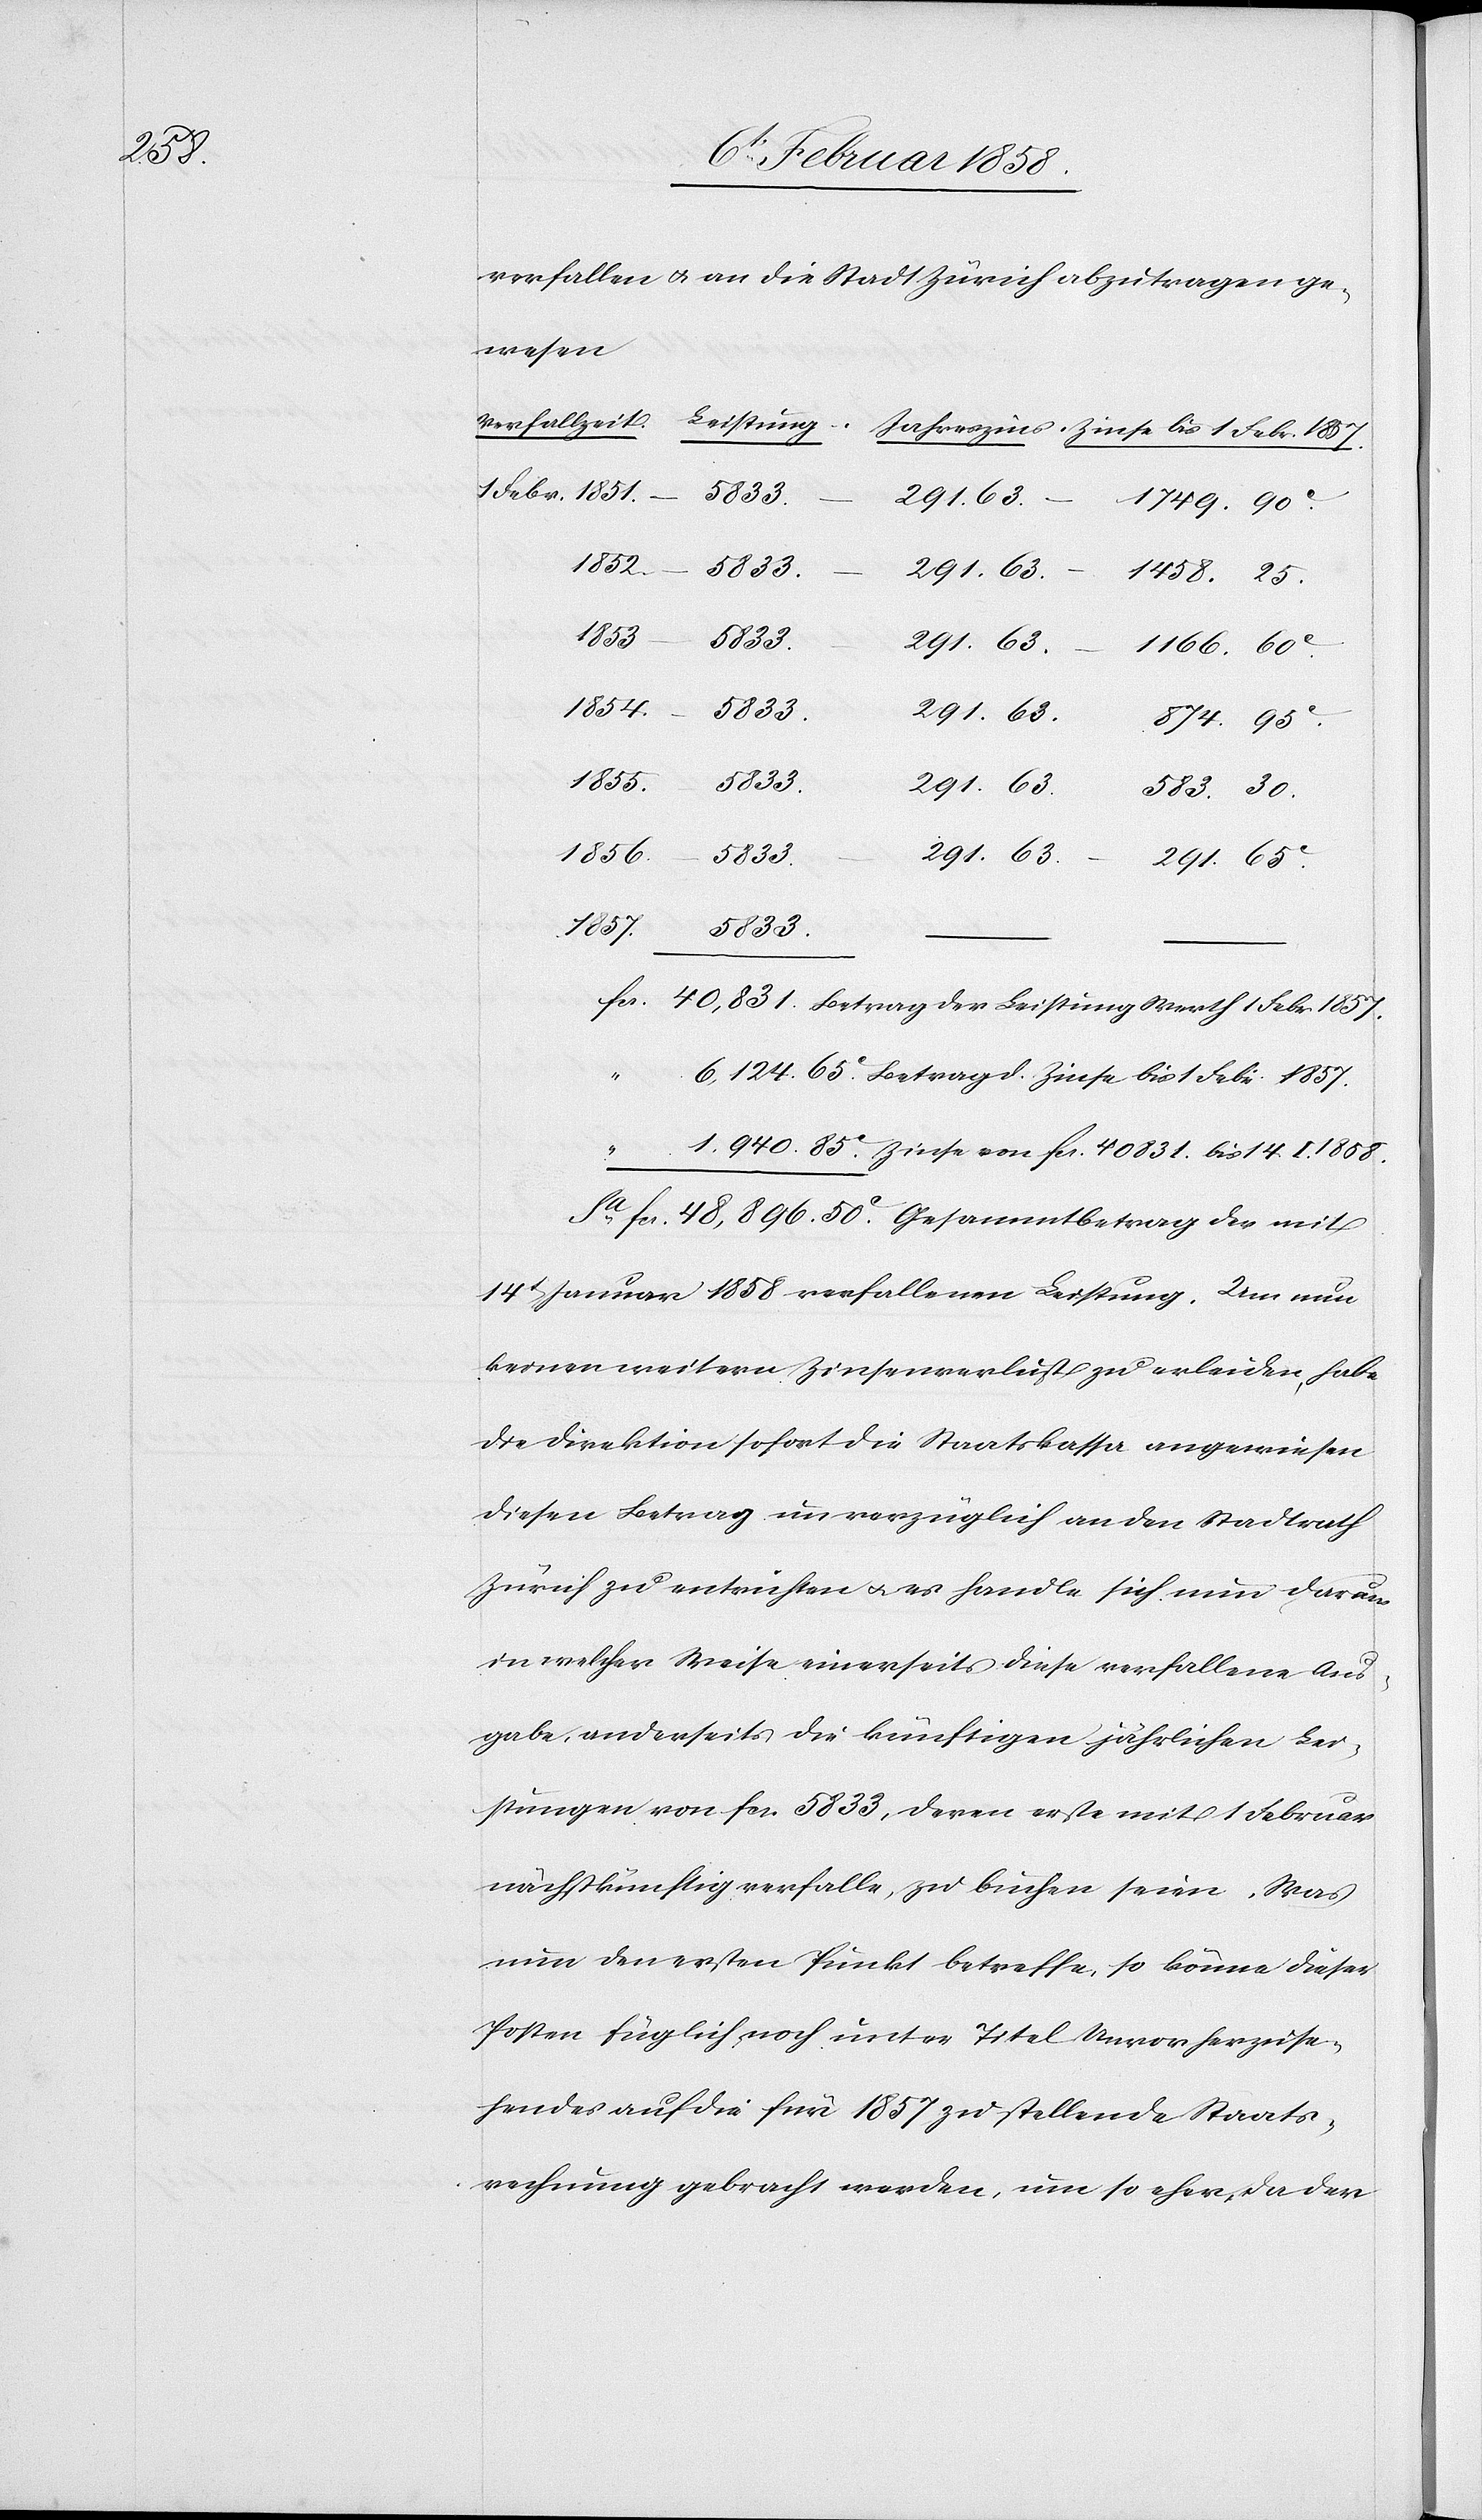
verfallen u. an die Stadt Zürich abzutragen ge¬
wesen.
1 Febr. 1857.
5833.
291. 63.
1166. 60
I.
1858.
5833.
50
mtbetrag
291. 63.
14.
874. 95
583. 30
291. 65
65 c Betrag d. Zinse bis 1. Febr. 1857.
der mit
14t Januar 1858 verfallenen Leistung. Um nun
keinen weitern Zinsenverlust zu erleiden, habe
die Direktion sofort die Staatskassa angewiesen
diesen Betrag unverzüglich an den Stadtrath
Zürich zu entrichten u. es handle sich nun darum
in welcher Weise einerseits diese verfallene Aus¬
gabe, anderseits die künftigen jährlichen Lei¬
stungen von fcs. 5833, deren erste mit 1 Februar
nächstkünftig verfalle, zu buchen seien. Was
nun den ersten Punkt betreffe, so könne dieser
Posten füglich noch unter Titel Unvorherzuse¬
hendes auf die für 1857 zu stellende Staats¬
rechnung gebracht werden, um so eher, da der